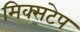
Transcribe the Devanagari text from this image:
मिक्सटेप